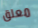
معلق